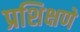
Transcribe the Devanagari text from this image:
प्रशिक्षणे